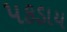
પકડાય